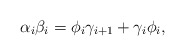
\begin{align*}\alpha_i\beta_{i}=\phi_i \gamma_{i+1}+\gamma_{i} \phi_{i},\end{align*}